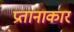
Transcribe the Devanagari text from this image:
प्रतानाकार